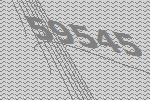
59545